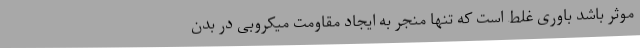
موثر باشد باوری غلط است که تنها منجر به ایجاد مقاومت میکروبی در بدن